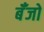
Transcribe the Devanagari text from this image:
बॅँजो